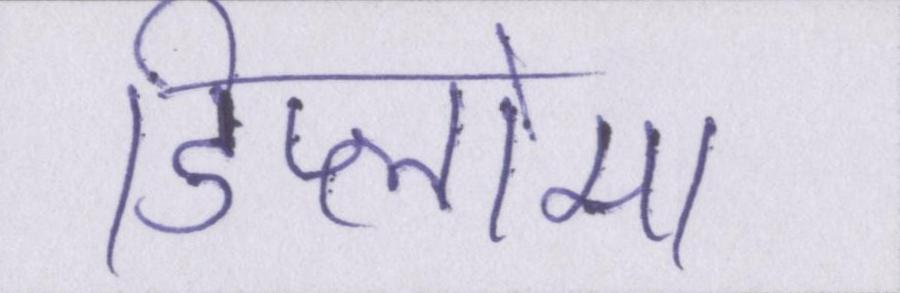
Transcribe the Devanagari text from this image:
डिप्लोमा